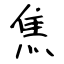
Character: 焦